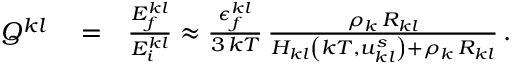
\begin{array} { r l r } { Q ^ { k l } } & { { } = } & { \frac { E _ { f } ^ { k l } } { E _ { i } ^ { k l } } \approx \frac { \epsilon _ { f } ^ { k l } } { 3 \, k T } \, \frac { \rho _ { k } \, R _ { k l } } { H _ { k l } \left( k T , u _ { k l } ^ { s } \right) + \rho _ { k } \, R _ { k l } } \, . } \end{array}